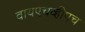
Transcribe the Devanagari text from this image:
वायएचव्हीएच